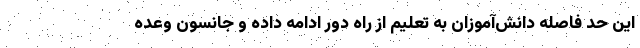
این حد فاصله دانش‌آموزان به تعلیم از راه دور ادامه داده و جانسون وعده